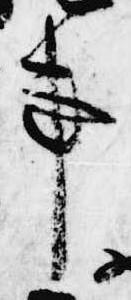
事